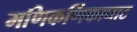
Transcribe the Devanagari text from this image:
मणिकर्णिकाघाट